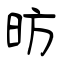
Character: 昉